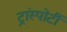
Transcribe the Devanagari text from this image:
ट्रांस्पोर्टी